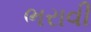
ભરાવી